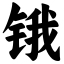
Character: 锇